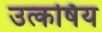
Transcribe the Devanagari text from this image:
उत्कर्षिय